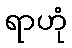
ရာဟုံ